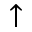
\uparrow